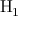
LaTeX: \mathrm { H } _ { 1 }